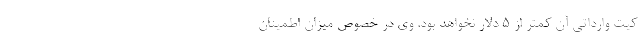
کیت وارداتی آن کمتر از ۵ دلار نخواهد بود. وی در خصوص میزان اطمینان